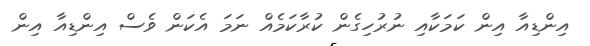
އިންޑިއާ އިން ކަމަކާއި ނުރުހިގެން ކުރާކަމެއް ނަމަ އެކަން ވެސް އިންޑިއާ އިން